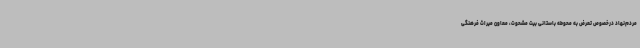
مردم‌نهاد درخصوص تعرض به محوطه باستانی بیت ‌مشحوت، معاون میراث فرهنگی